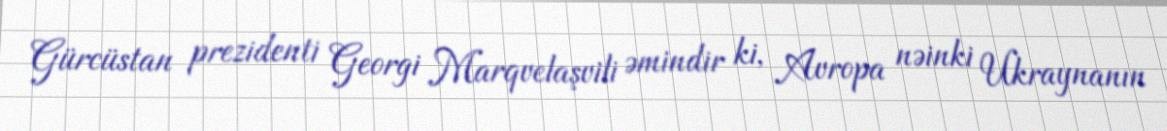
Gürcüstan prezidenti Georgi Marqvelaşvili əmindir ki, Avropa nəinki Ukraynanın